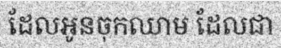
ដែលអូនចុកឈាម ដែលជា